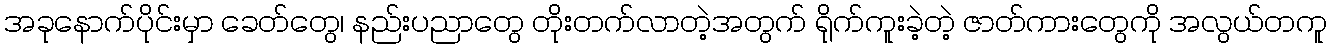
အခုနောက်ပိုင်းမှာ ခေတ်တွေ၊ နည်းပညာတွေ တိုးတက်လာတဲ့အတွက် ရိုက်ကူးခဲ့တဲ့ ဇာတ်ကားတွေကို အလွယ်တကူ